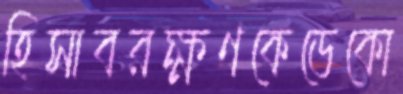
হিসাবরক্ষণকেডেকো